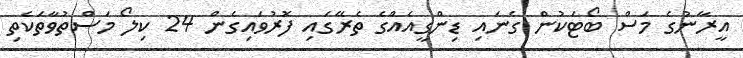
އީރާނުގެ މަސް ބޯޓަކުން ގެނައި ޑިންގީއެއްގެ ތެރޭގައި ފޮރުވައިގެން 24 ކިލޯ މަސްތުވާތަކެތި